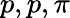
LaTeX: p,p,\pi